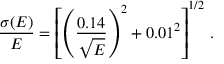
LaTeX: { \frac { \sigma ( E ) } { E } } = \left[ \left( { \frac { 0 . 1 4 } { \sqrt E } } \right) ^ { 2 } + 0 . 0 1 ^ { 2 } \right] ^ { 1 / 2 } \, .